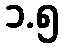
၁.၅